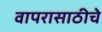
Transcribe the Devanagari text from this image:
वापरासाठीचे